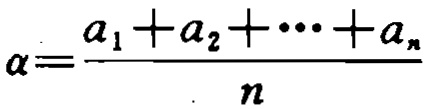
\(\alpha=\frac{a_{1}+a_{2}+\cdots +a_{n}}{n}\)